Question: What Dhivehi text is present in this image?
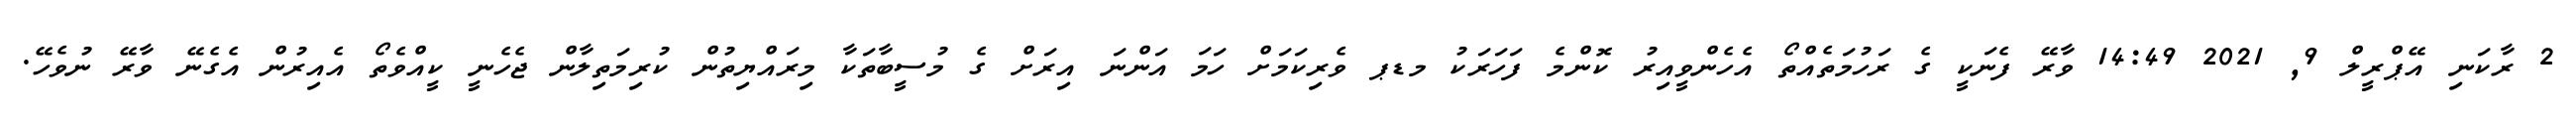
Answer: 2 ރާކަނި އޭޕްރީލް 9, 2021 14:49 ވާރޭ ފެނަކީ ގެ ރަހުމަތެއްތޯ އެހެންވީއިރު ކޮންމެ ފަހަރަކު މޑޕ ވެރިކަމަށް ހަމަ އަންނަ އިރަށް ގެ މުސީބާތަކާ މިރައްޔިތުން ކުރިމަތިލާން ޖެހެނީ ކީއްވެތޯ އެއިރުން އެގެނޭ ވާރޭ ނުވެހޭ.